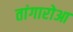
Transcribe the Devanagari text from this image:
तांगारोआ